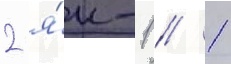
2 я́к-1 / 1